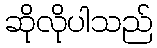
ဆိုလိုပါသည်